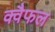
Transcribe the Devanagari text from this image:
क्वैफल